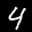
Label: 4